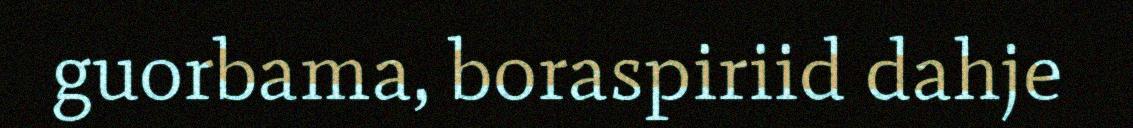
guorbama, boraspiriid dahje